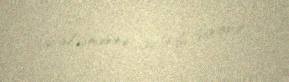
çətinləşməsinə gətirib çıxarır.